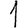
Digit: 1